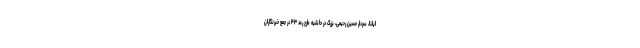
ایلنا، سردار حسین رحیمی، بزرگ در حاشیه طرح رعد ۴۳ در جمع خبرنگاران